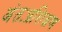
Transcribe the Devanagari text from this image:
अंतःप्रशिक्षण